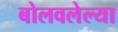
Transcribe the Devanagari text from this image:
बोलवलेल्या